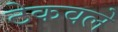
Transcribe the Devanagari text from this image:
टेकवले